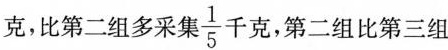
克，比第二组多采集 \frac{1}{5}千克，第二组比第三组